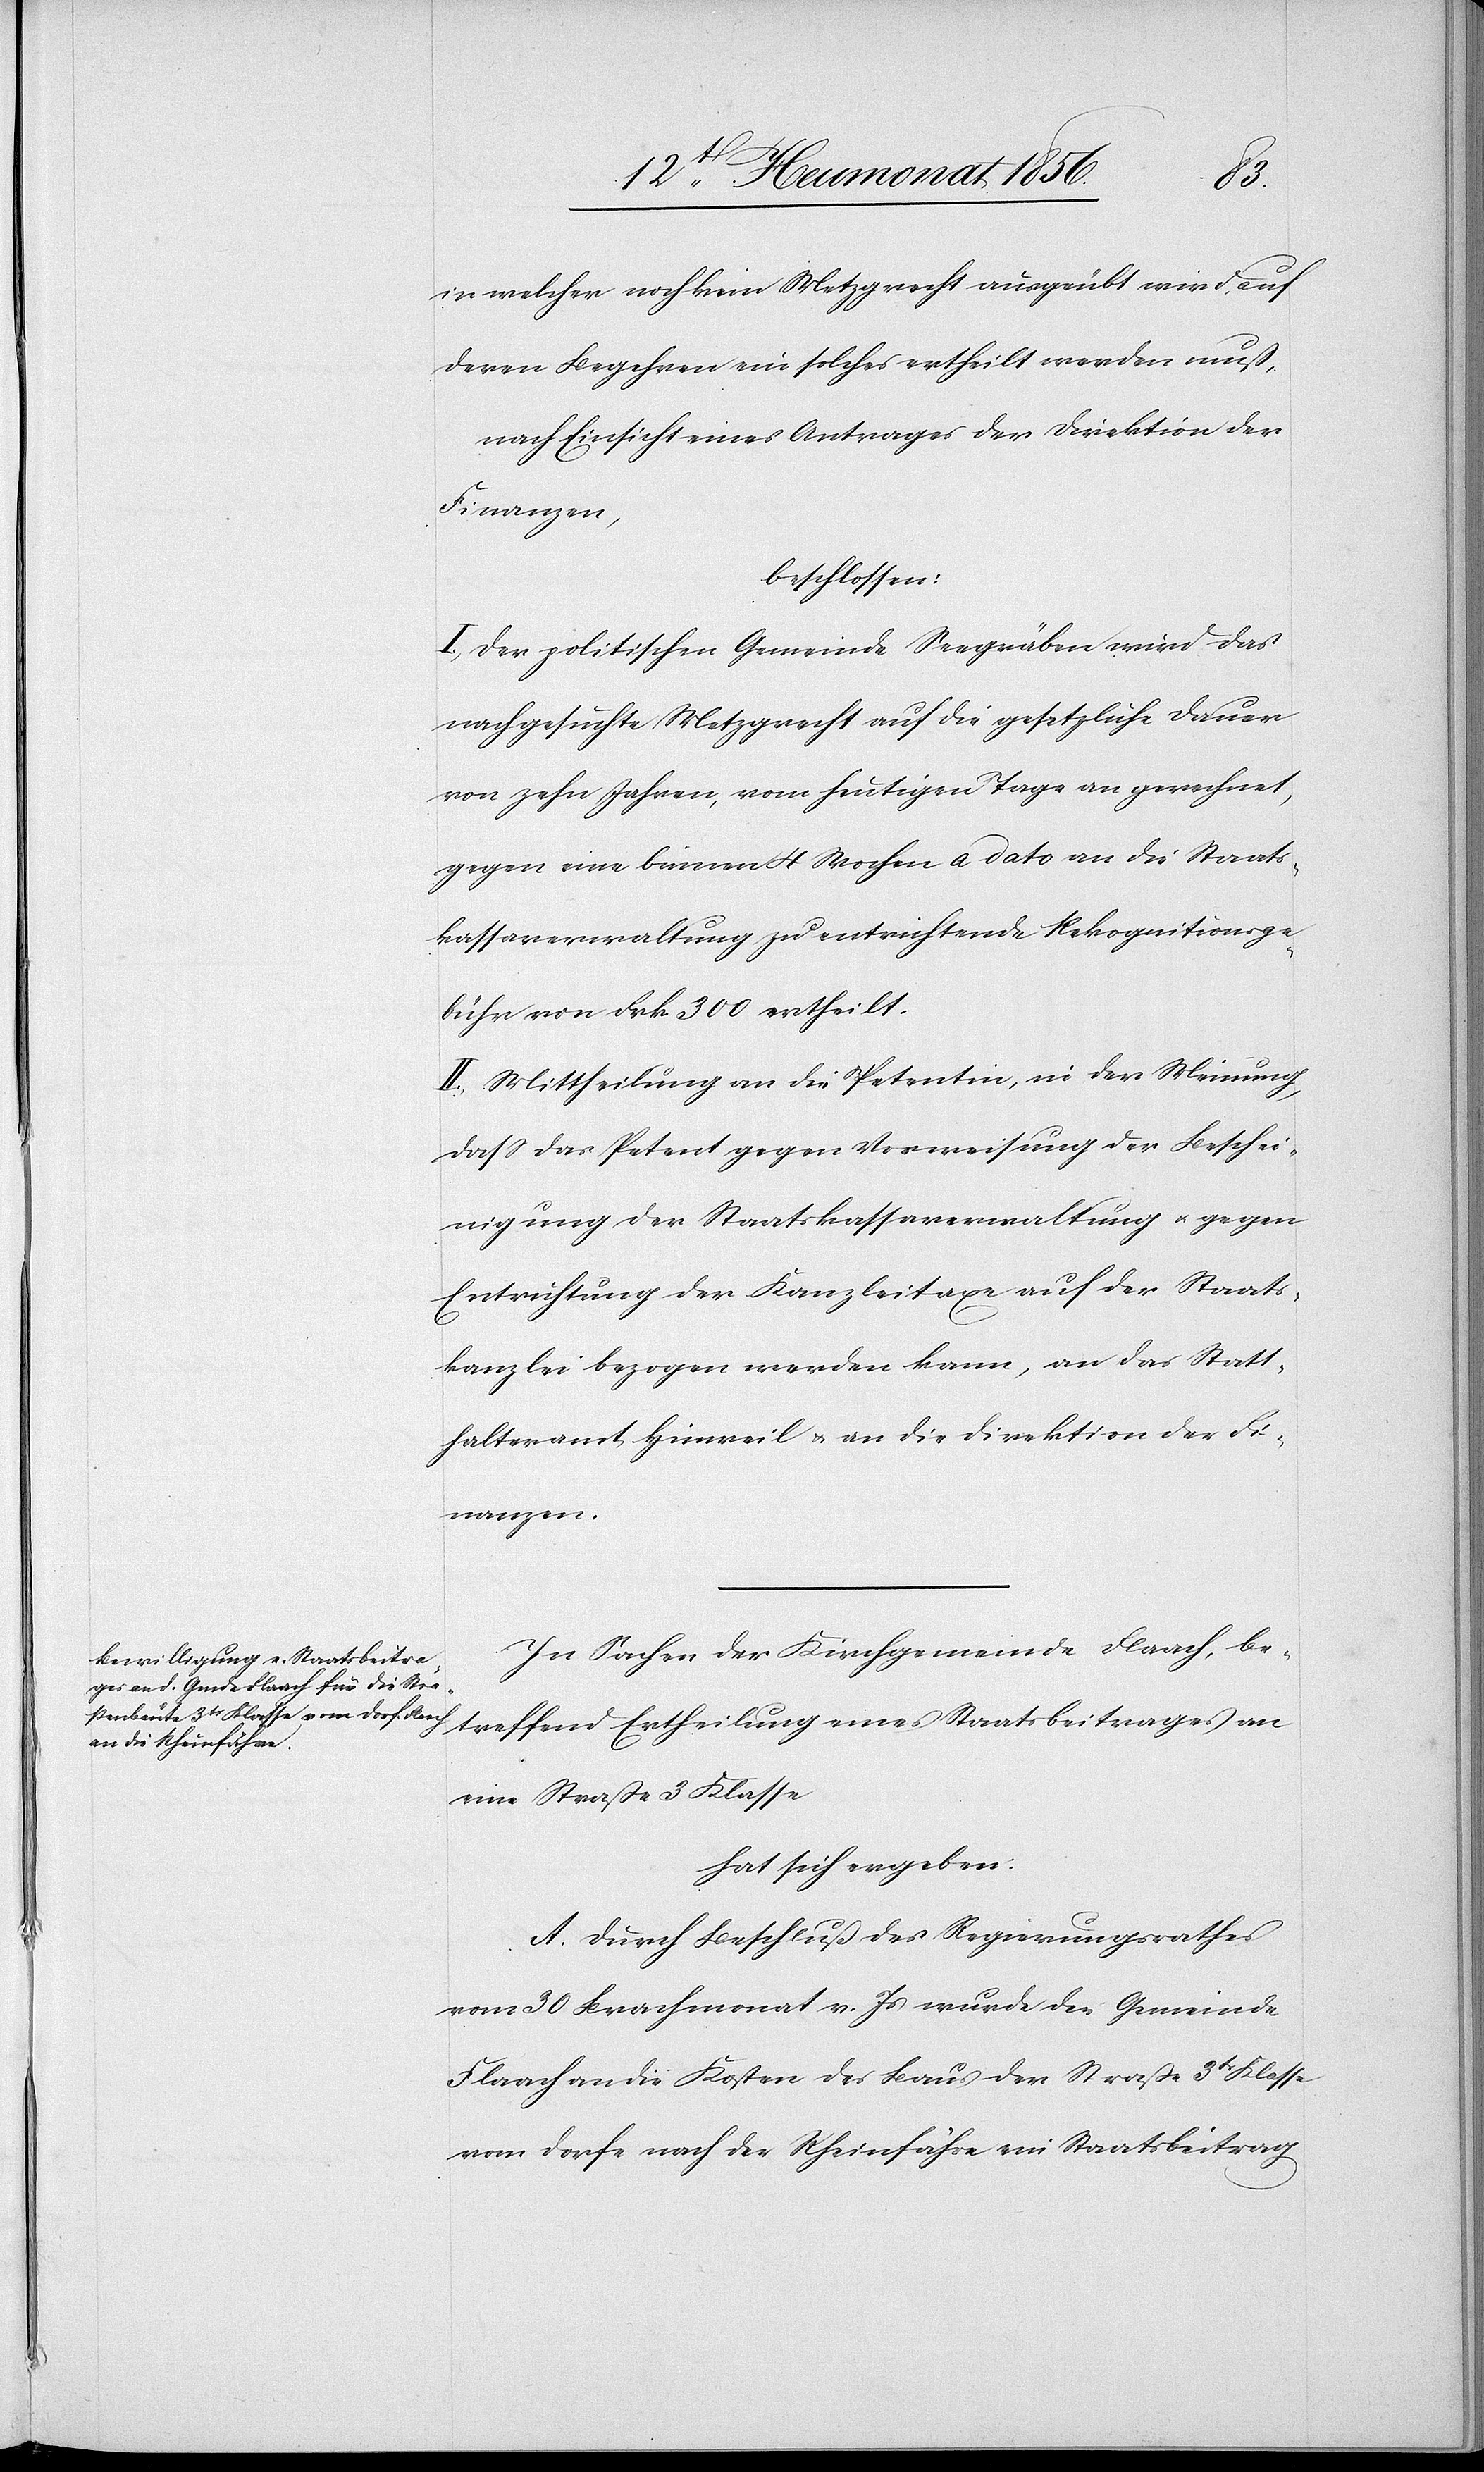
in welcher noch kein Metzgrecht ausgeübt wird, auf
deren Begehren ein solches ertheilt werden muß,
nach Einsicht eines Antrages der Direktion der
Finanzen,
beschlossen:
I.) Der politischen Gemeinde Seegräben wird das
nachgesuchte Metzgrecht auf die gesetzliche Dauer
von zehn Jahren, vom heutigen Tage an gerechnet,
gegen eine binnen 4 Wochen a dato an die Staats¬
kassaverwaltung zu entrichtende Rekognitionsge¬
bühr von Frk. 300 ertheilt.
II.) Mittheilung an die Petentin, in der Meinung,
dass das Petent [sic!] gegen Vorweisung der Beschei¬
nigung der Staatskassaverwaltung u. gegen
Entrichtung der Kanzleitaxe auf der Staats¬
kanzlei gezogen werden kann, an das Statt¬
halteramt Hinweil u. an die Direktion der Fi¬
nanzen.
In Sachen der Kirchgemeinde Flaach, be¬
treffend Ertheilung eines Staatsbeitrages an
eine Straße 3 Klasse
hat sich ergeben:
A. Durch Beschluß des Regierungsrathes
vom 30 Brachmonat v. Js wurde der Gemeinde
Flaach an die Kosten des Baus der Straße 3tr Klasse
vom Dorfe nach der Rheinfähre ein Staatsbeitrag